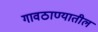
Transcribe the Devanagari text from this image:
गावठाण्यातील